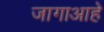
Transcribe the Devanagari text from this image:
जागाआहे